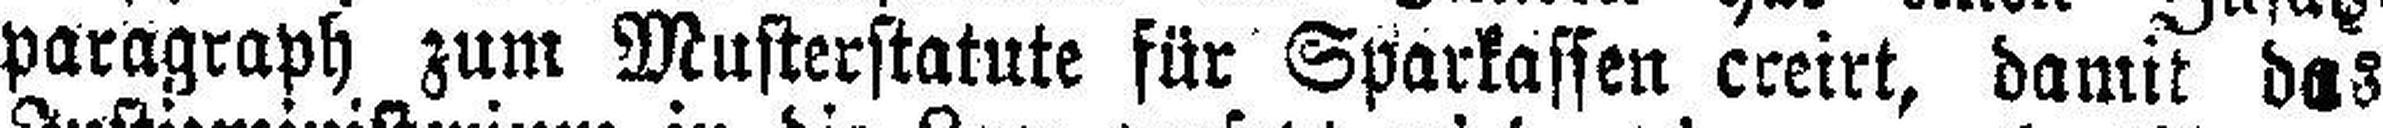
paragraph zum Musterstatute für Sparkassen creirt, damit das